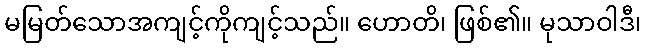
မမြတ်သောအကျင့်ကိုကျင့်သည်။ ဟောတိ၊ ဖြစ်၏။ မုသာဝါဒီ၊